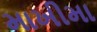
માખીમા